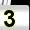
Digit: 3